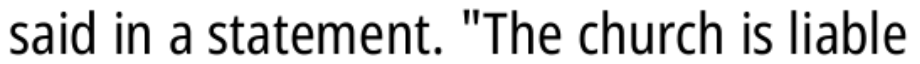
said in a statement. "The church is liable